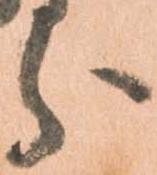
分